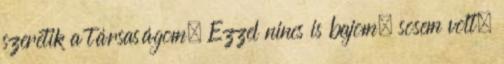
szeretik a társaságom. Ezzel nincs is bajom, sosem volt.